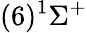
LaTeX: (6)^{1}\Sigma^{+}